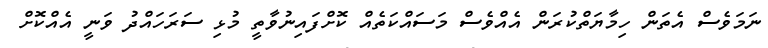
ނަމަވެސް އެތަން ހިމާޔަތްކުރަން އެއްވެސް މަސައްކަތެއް ކޮށްފައިނުވާތީ މުޅި ސަރަހައްދު ވަނީ އެއްކޮށް